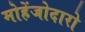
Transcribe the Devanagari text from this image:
मोहेंजोदारो